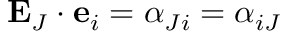
\ \mathbf { E } _ { J } \cdot \mathbf { e } _ { i } = \alpha _ { J i } = \alpha _ { i J }